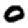
Digit: 0